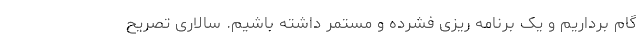
گام برداریم و یک برنامه ریزی فشرده و مستمر داشته باشیم. سالاری تصریح